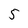
Character: 5